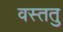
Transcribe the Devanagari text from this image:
वस्ततु